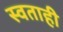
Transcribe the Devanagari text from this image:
स्वताही